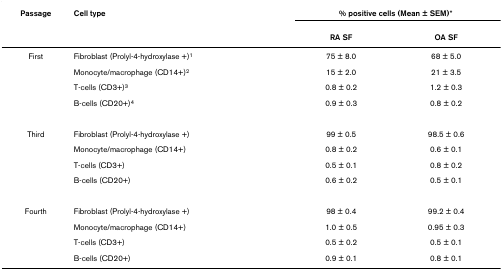
<table><thead><tr><td><b>Passage</b></td><td><b>Cell type</b></td><td colspan="2"><b>% positive cells (Mean ± SEM)*</b></td></tr><tr><td></td><td></td><td><b>RA SF</b></td><td><b>OA SF</b></td></tr></thead><tbody><tr><td>First</td><td>Fibroblast (Prolyl-4-hydroxylase +)<sup>1</sup></td><td>75 ± 8.0</td><td>68 ± 5.0</td></tr><tr><td></td><td>Monocyte/macrophage (CD14+)<sup>2</sup></td><td>15 ± 2.0</td><td>21 ± 3.5</td></tr><tr><td></td><td>T-cells (CD3+)<sup>3</sup></td><td>0.8 ± 0.2</td><td>1.2 ± 0.3</td></tr><tr><td></td><td>B-cells (CD20+)<sup>4</sup></td><td>0.9 ± 0.3</td><td>0.8 ± 0.2</td></tr><tr><td>Third</td><td>Fibroblast (Prolyl-4-hydroxylase +)</td><td>99 ± 0.5</td><td>98.5 ± 0.6</td></tr><tr><td></td><td>Monocyte/macrophage (CD14+)</td><td>0.8 ± 0.2</td><td>0.6 ± 0.1</td></tr><tr><td></td><td>T-cells (CD3+)</td><td>0.5 ± 0.1</td><td>0.8 ± 0.2</td></tr><tr><td></td><td>B-cells (CD20+)</td><td>0.6 ± 0.2</td><td>0.5 ± 0.1</td></tr><tr><td>Fourth</td><td>Fibroblast (Prolyl-4-hydroxylase +)</td><td>98 ± 0.4</td><td>99.2 ± 0.4</td></tr><tr><td></td><td>Monocyte/macrophage (CD14+)</td><td>1.0 ± 0.5</td><td>0.95 ± 0.3</td></tr><tr><td></td><td>T-cells (CD3+)</td><td>0.5 ± 0.2</td><td>0.5 ± 0.1</td></tr><tr><td></td><td>B-cells (CD20+)</td><td>0.9 ± 0.1</td><td>0.8 ± 0.1</td></tr></tbody></table>